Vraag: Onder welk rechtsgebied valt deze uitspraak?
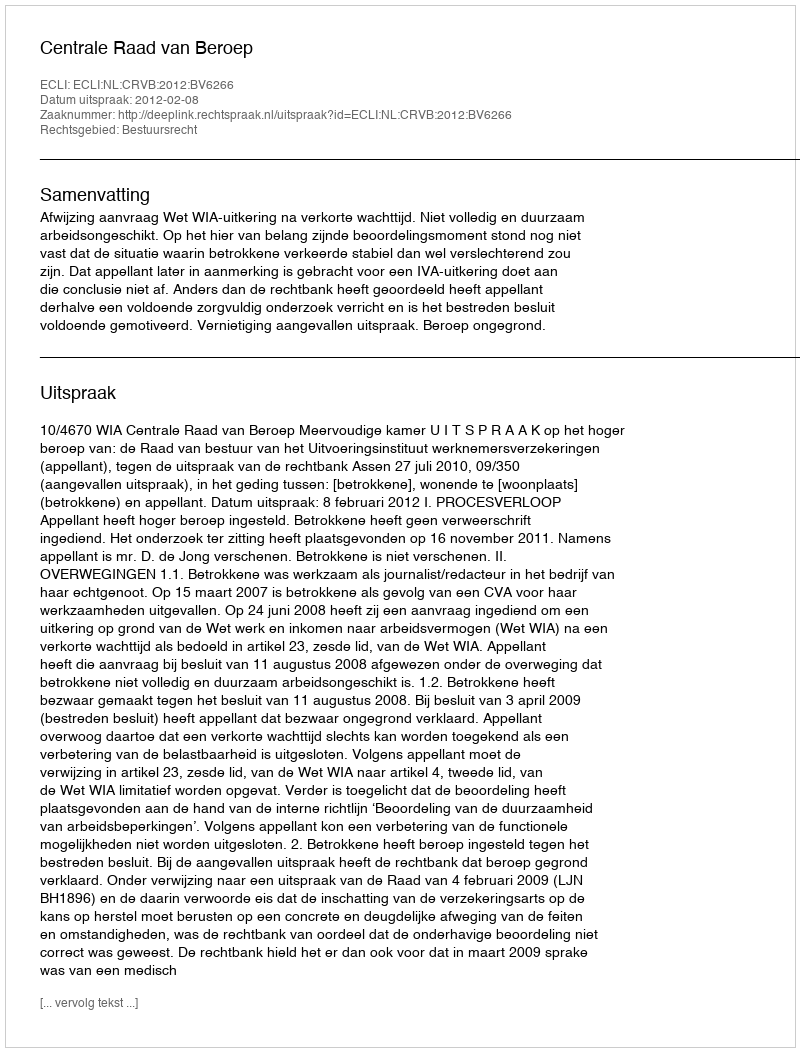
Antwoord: Bestuursrecht